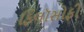
ફિલૉસોફી